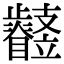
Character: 𣦳